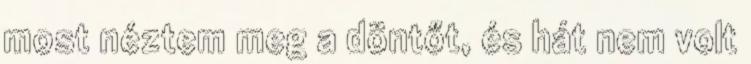
most néztem meg a döntőt, és hát nem volt